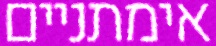
אימתניים